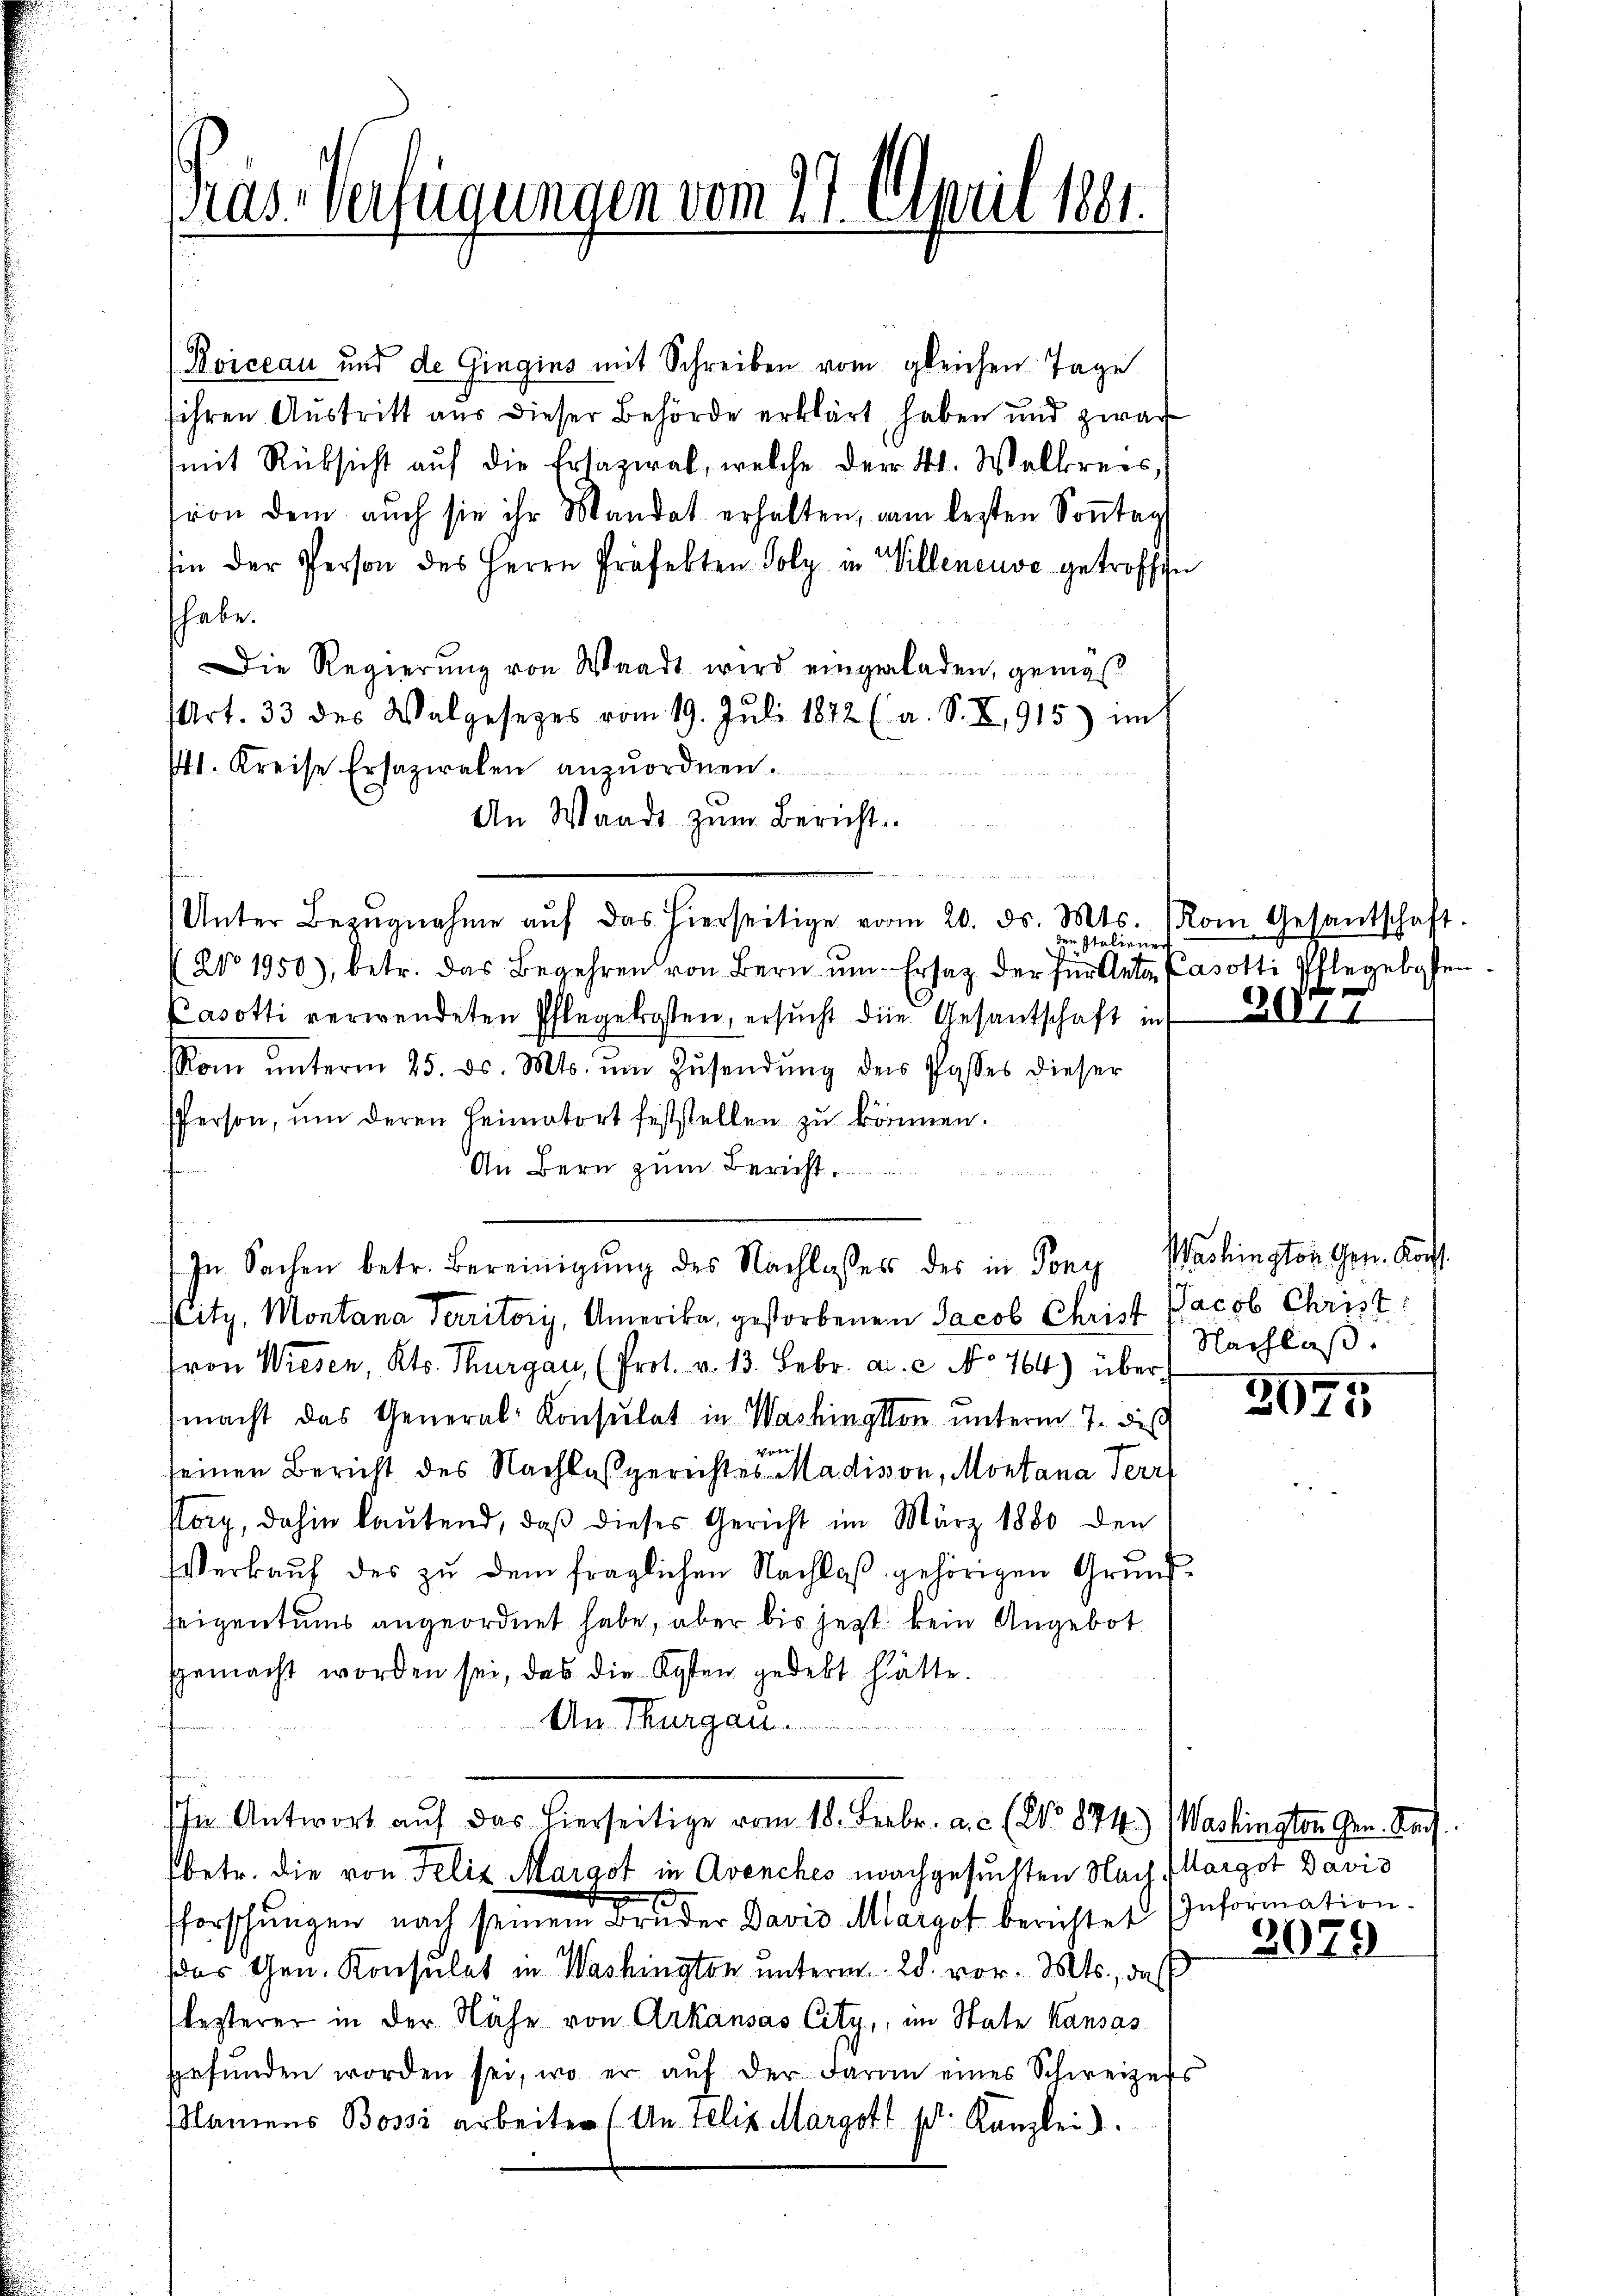
Präs. Verfügungen vom 17. April 1881.

(Boiceau und de Gingins mit Schreiben vom gleichen Tage
sihren Austritt aus dieser Behörde erklärt, haben und zwar
(mit Rücksicht auf die Ersazial, welche der 41. Walkreis,
von dem auch sie ihr Mandat erhalten, vom lezten Sonntag
sin der Person des Herrn Präfekten Poly in Willeneuve getroffen
shabe.
Die Regierung von Waadt wird eingeladen, genugs
(Art. 33 des Valgesezes vom 19. Juli 1872 (a. S. X, 915) mit
1. Kreise Ersazialen anzuordnen.

An Waadt zum Bericht
Unter Bezŭgnahme aŭf das hierseitige vom 20. ds. Mts. (Kom Gesantschaft.
den Italiene
No 1950), betr. das Begehren von Bern um Ersatz der für Ante Casotti Phlegelosten
Pasotti verwendeten Pflegekosten, ersucht die Gesantschaft in
Rom ŭnterm 25. d. Mts. ŭm Zŭsendŭng der Passes dieser
Person, um deren Heimatort feststellen zu können.
An Bern zum Bericht
In Sachen betr. Bereinigung des Nachlasses des in Pony
stitz, Montana Territory, Amerika, gestorbenen Jacob Christ (Jacob Christ
ron Wiesen, Kts. Thurgau, (Prot. v. 13. Febr. a. c. No 764) über
macht das General-Konsulat in Washington unterm 7. des
e
seinen Bericht des Nachlassgerichtes Madison, Montana Terri
storp, dahin lautend, daß dieses Gericht im März 1880 den
Verkauf des zu dem fraglichen Nachlaß gehörigen Grundseigentums angeordnet habe, aber bis jetzt kein Angebot
sgemacht worden sei, das die Kosten gedekt hätte.
An Thurgau.
In Antwort aŭf das hierseitige vom 18. Febr. a. c. (No 874) Washington Gen. Nach
betr. die von Felix Margot in Avenches nachgesuchten Nach Margot Davis
x
d
fforschŭngen nach seinem Brüder Davis Margot berichtet (Information.
das Gen. Konsulat in Washington unterm 28. vor. Mts., daß
lezterer in der Nähe von Arkausas City, im State Kansas
gefŭnden worden sei, wo er aŭf der daran eines Schweizers
Namens Bossa arbeiten (An Felix Margott s. Kanzlei.

n

20.

Paslington Gen. Kons
Nachlaß

2075

3079